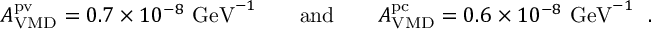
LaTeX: { \cal A } _ { \mathrm { V M D } } ^ { \mathrm { p v } } = 0 . 7 \times 1 0 ^ { - 8 } ~ \mathrm { G e V } ^ { - 1 } \qquad \mathrm { a n d } \qquad { \cal A } _ { \mathrm { V M D } } ^ { \mathrm { p c } } = 0 . 6 \times 1 0 ^ { - 8 } ~ \mathrm { G e V } ^ { - 1 } \ \ .